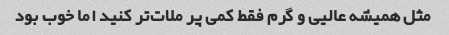
مثل همیشه عالیی و گرم فقط کمی پر ملات‌تر کنید اما خوب بود